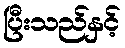
ပြီးသည်နှင့်